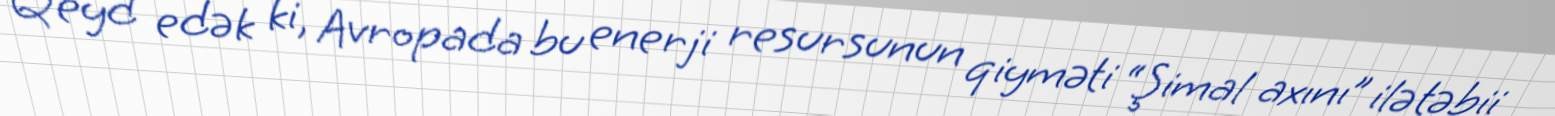
Qeyd edək ki, Avropada bu enerji resursunun qiyməti “Şimal axını” ilə təbii